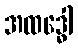
အထဒ္ဓေါ